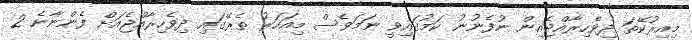
މިއިރުކޭތަ ދިވެހިރާއްޖެއިން ނުފެނުނު ކަމުގައިވީ ނަމަވެސް މިއަހަރު ތެރޭގައި ދިވެހިރާއްޖެއަށް ފެންނާނެ 2